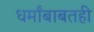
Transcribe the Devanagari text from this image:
धर्मांबाबतही